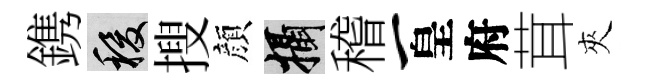
鎸稷搜顔攝稽一皇府茸夾